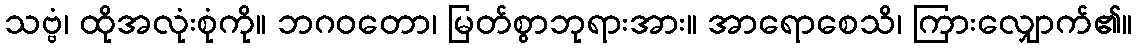
သဗ္ဗံ၊ ထိုအလုံးစုံကို။ ဘဂဝတော၊ မြတ်စွာဘုရားအား။ အာရောစေသိ၊ ကြားလျှောက်၏။